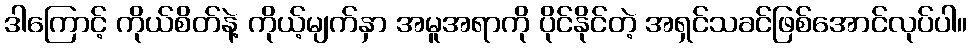
ဒါကြောင့် ကိုယ်စိတ်နဲ့ ကိုယ့်မျက်နှာ အမူအရာကို ပိုင်နိုင်တဲ့ အရှင်သခင်ဖြစ်အောင်လုပ်ပါ။